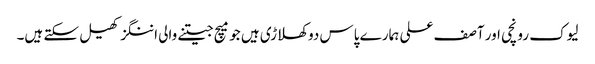
لیوک رونچی اور آصف علی ہمارے پاس دو کھلاڑی ہیں جو میچ جیتنے والی اننگز کھیل سکتے ہیں۔